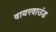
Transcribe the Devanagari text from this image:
वायरवाउंड